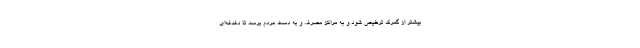
بیشتر از گمرک ترخیص شود و به مراکز مصرف و به دست مردم برسد تا دغدغه‌ای